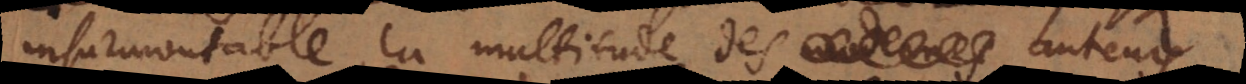
insurmontable, la multitude des moderne